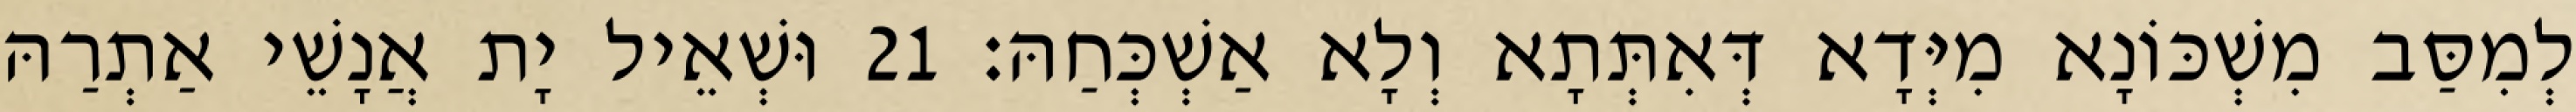
לְמִסַּב מִשְׁכּוֹנָא מִיְּדָא דְּאִתְּתָא וְלָא אַשְׁכְּחַהּ׃ 21 וּשְׁאֵיל יָת אֲנָשֵׁי אַתְרַהּ